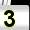
Digit: 3